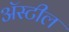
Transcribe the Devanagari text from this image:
अॅस्टील